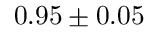
0 . 9 5 \pm 0 . 0 5